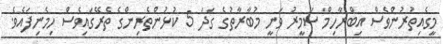
މީގެއިތުރުންވެސް އިބްރާހިމް ސަމީރު ވަނީ މުބާރާތުގެ ގަދަ 5 ކުޅުންތެރިންގެ ތެރޭގައިވެސް ހިމެނިފައެވެ.